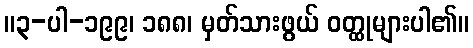
။၃-ပါ-၁၉၉၊ ၁၈၈၊ မှတ်သားဖွယ် ဝတ္ထုများပါ၏။